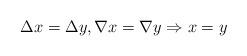
LaTeX: \begin{align*}\Delta x=\Delta y,\nabla x=\nabla y\Rightarrow x=y\end{align*}